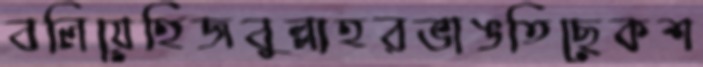
বলিয়েহিজবুল্লাহরভাঙতিছেকশ